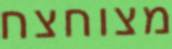
מצוחצח